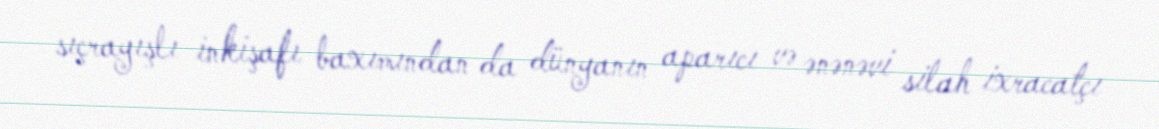
sıçrayışlı inkişafı baxımından da dünyanın aparıcı və ənənəvi silah ixracatçı